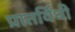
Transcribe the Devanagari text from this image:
प्रातर्विधी